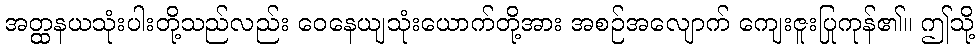
အတ္ထနယသုံးပါးတို့သည်လည်း ဝေနေယျသုံးယောက်တို့အား အစဉ်အလျောက် ကျေးဇူးပြုကုန်၏။ ဤသို့